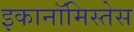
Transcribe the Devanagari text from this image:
इकानॉमिस्तेस